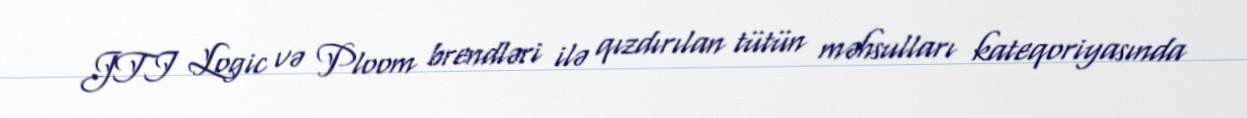
JTI Logic və Ploom brendləri ilə qızdırılan tütün məhsulları kateqoriyasında